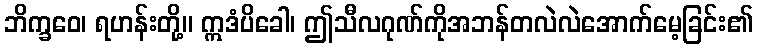
ဘိက္ခဝေ၊ ရဟန်းတို့။ ဣဒံပိခေါ၊ ဤသီလဂုဏ်ကိုအဘန်တလဲလဲအောက်မေ့ခြင်း၏